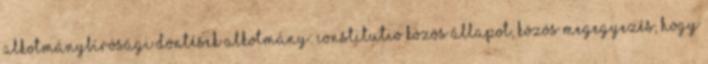
alkotmánybírósági döntések Alkotmány: constitutio közös állapot, közös megegyezés, hogy